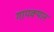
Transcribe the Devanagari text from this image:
गापक्यान